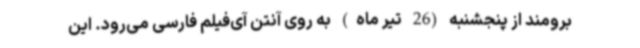
برومند از پنجشنبه (26 تیر ماه) به روی آنتن آی‌فیلم فارسی می‌رود. این